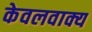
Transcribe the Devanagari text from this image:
केवलवाक्य